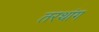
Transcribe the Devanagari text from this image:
तरथांग